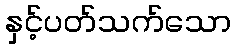
နှင့်ပတ်သက်သော